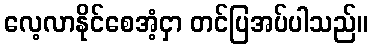
လေ့လာနိုင်စေအံ့ငှာ တင်ပြအပ်ပါသည်။